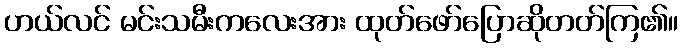
ဟယ်လင် မင်းသမီးကလေးအား ထုတ်ဖော်ပြောဆိုတတ်ကြ၏။